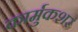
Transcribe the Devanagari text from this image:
कार्मुकशर